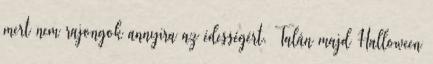
mert nem rajongok annyira az édességért. Talán majd Halloween